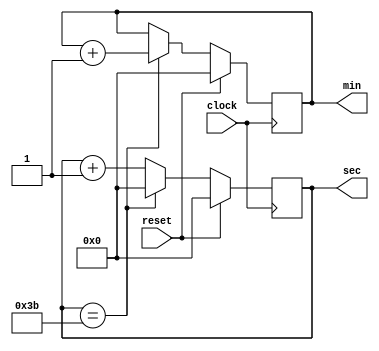
module timer_mod(
input wire reset,
input wire clock,
output reg [5:0] sec,
output reg [5:0] min
);

always @(posedge clock)

begin
	if(reset)
		begin
		sec <= 6'b000000;
		min <= 6'b000000;
		end
	else
		begin
		if(sec == 6'b111011)
			begin
			sec <= 6'b000000;
			min <= min + 6'b000001;
			end
		else
			sec <= sec + 6'b000001;
		end
end
endmodule